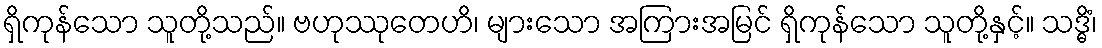
ရှိကုန်သော သူတို့သည်။ ဗဟုဿုတေဟိ၊ များသော အကြားအမြင် ရှိကုန်သော သူတို့နှင့်။ သဒ္ဓိံ၊